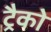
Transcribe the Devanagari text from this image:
ट्रैको